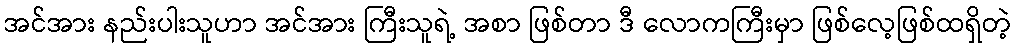
အင်အား နည်းပါးသူဟာ အင်အား ကြီးသူရဲ့ အစာ ဖြစ်တာ ဒီ လောကကြီးမှာ ဖြစ်လေ့ဖြစ်ထရှိတဲ့